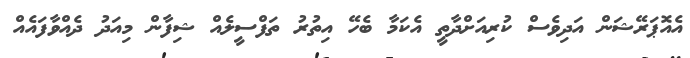
އެއޮޕަރޭޝަން އަދިވެސް ކުރިއަށްދާތީ އެކަމާ ބެހޭ އިތުރު ތަފްސީލެއް ޝިފާން މިއަދު ދެއްވާފައެއް